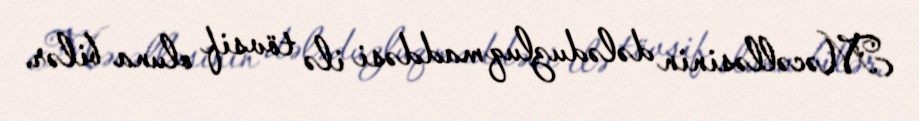
Məcəlləsinin dələduzluq maddəsi ilə tövsif oluna bilər.